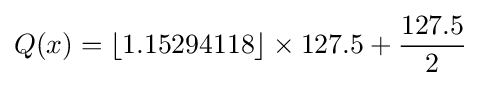
Q(x)=\left\lfloor 1.15294118\right\rfloor \times 127.5+{\frac {127.5}{2}}